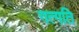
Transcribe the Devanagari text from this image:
गत्गति